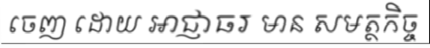
ចេញ ដោយ អាជ្ញាធរ មាន សមត្ថកិច្ច